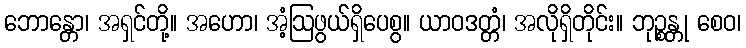
ဘောန္တော၊ အရှင်တို့။ အဟော၊ အံ့ဩဖွယ်ရှိပေစွ။ ယာဝဒတ္တံ၊ အလိုရှိတိုင်း။ ဘုဉ္စန္တု စေဝ၊